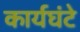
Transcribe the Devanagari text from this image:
कार्यघंटे